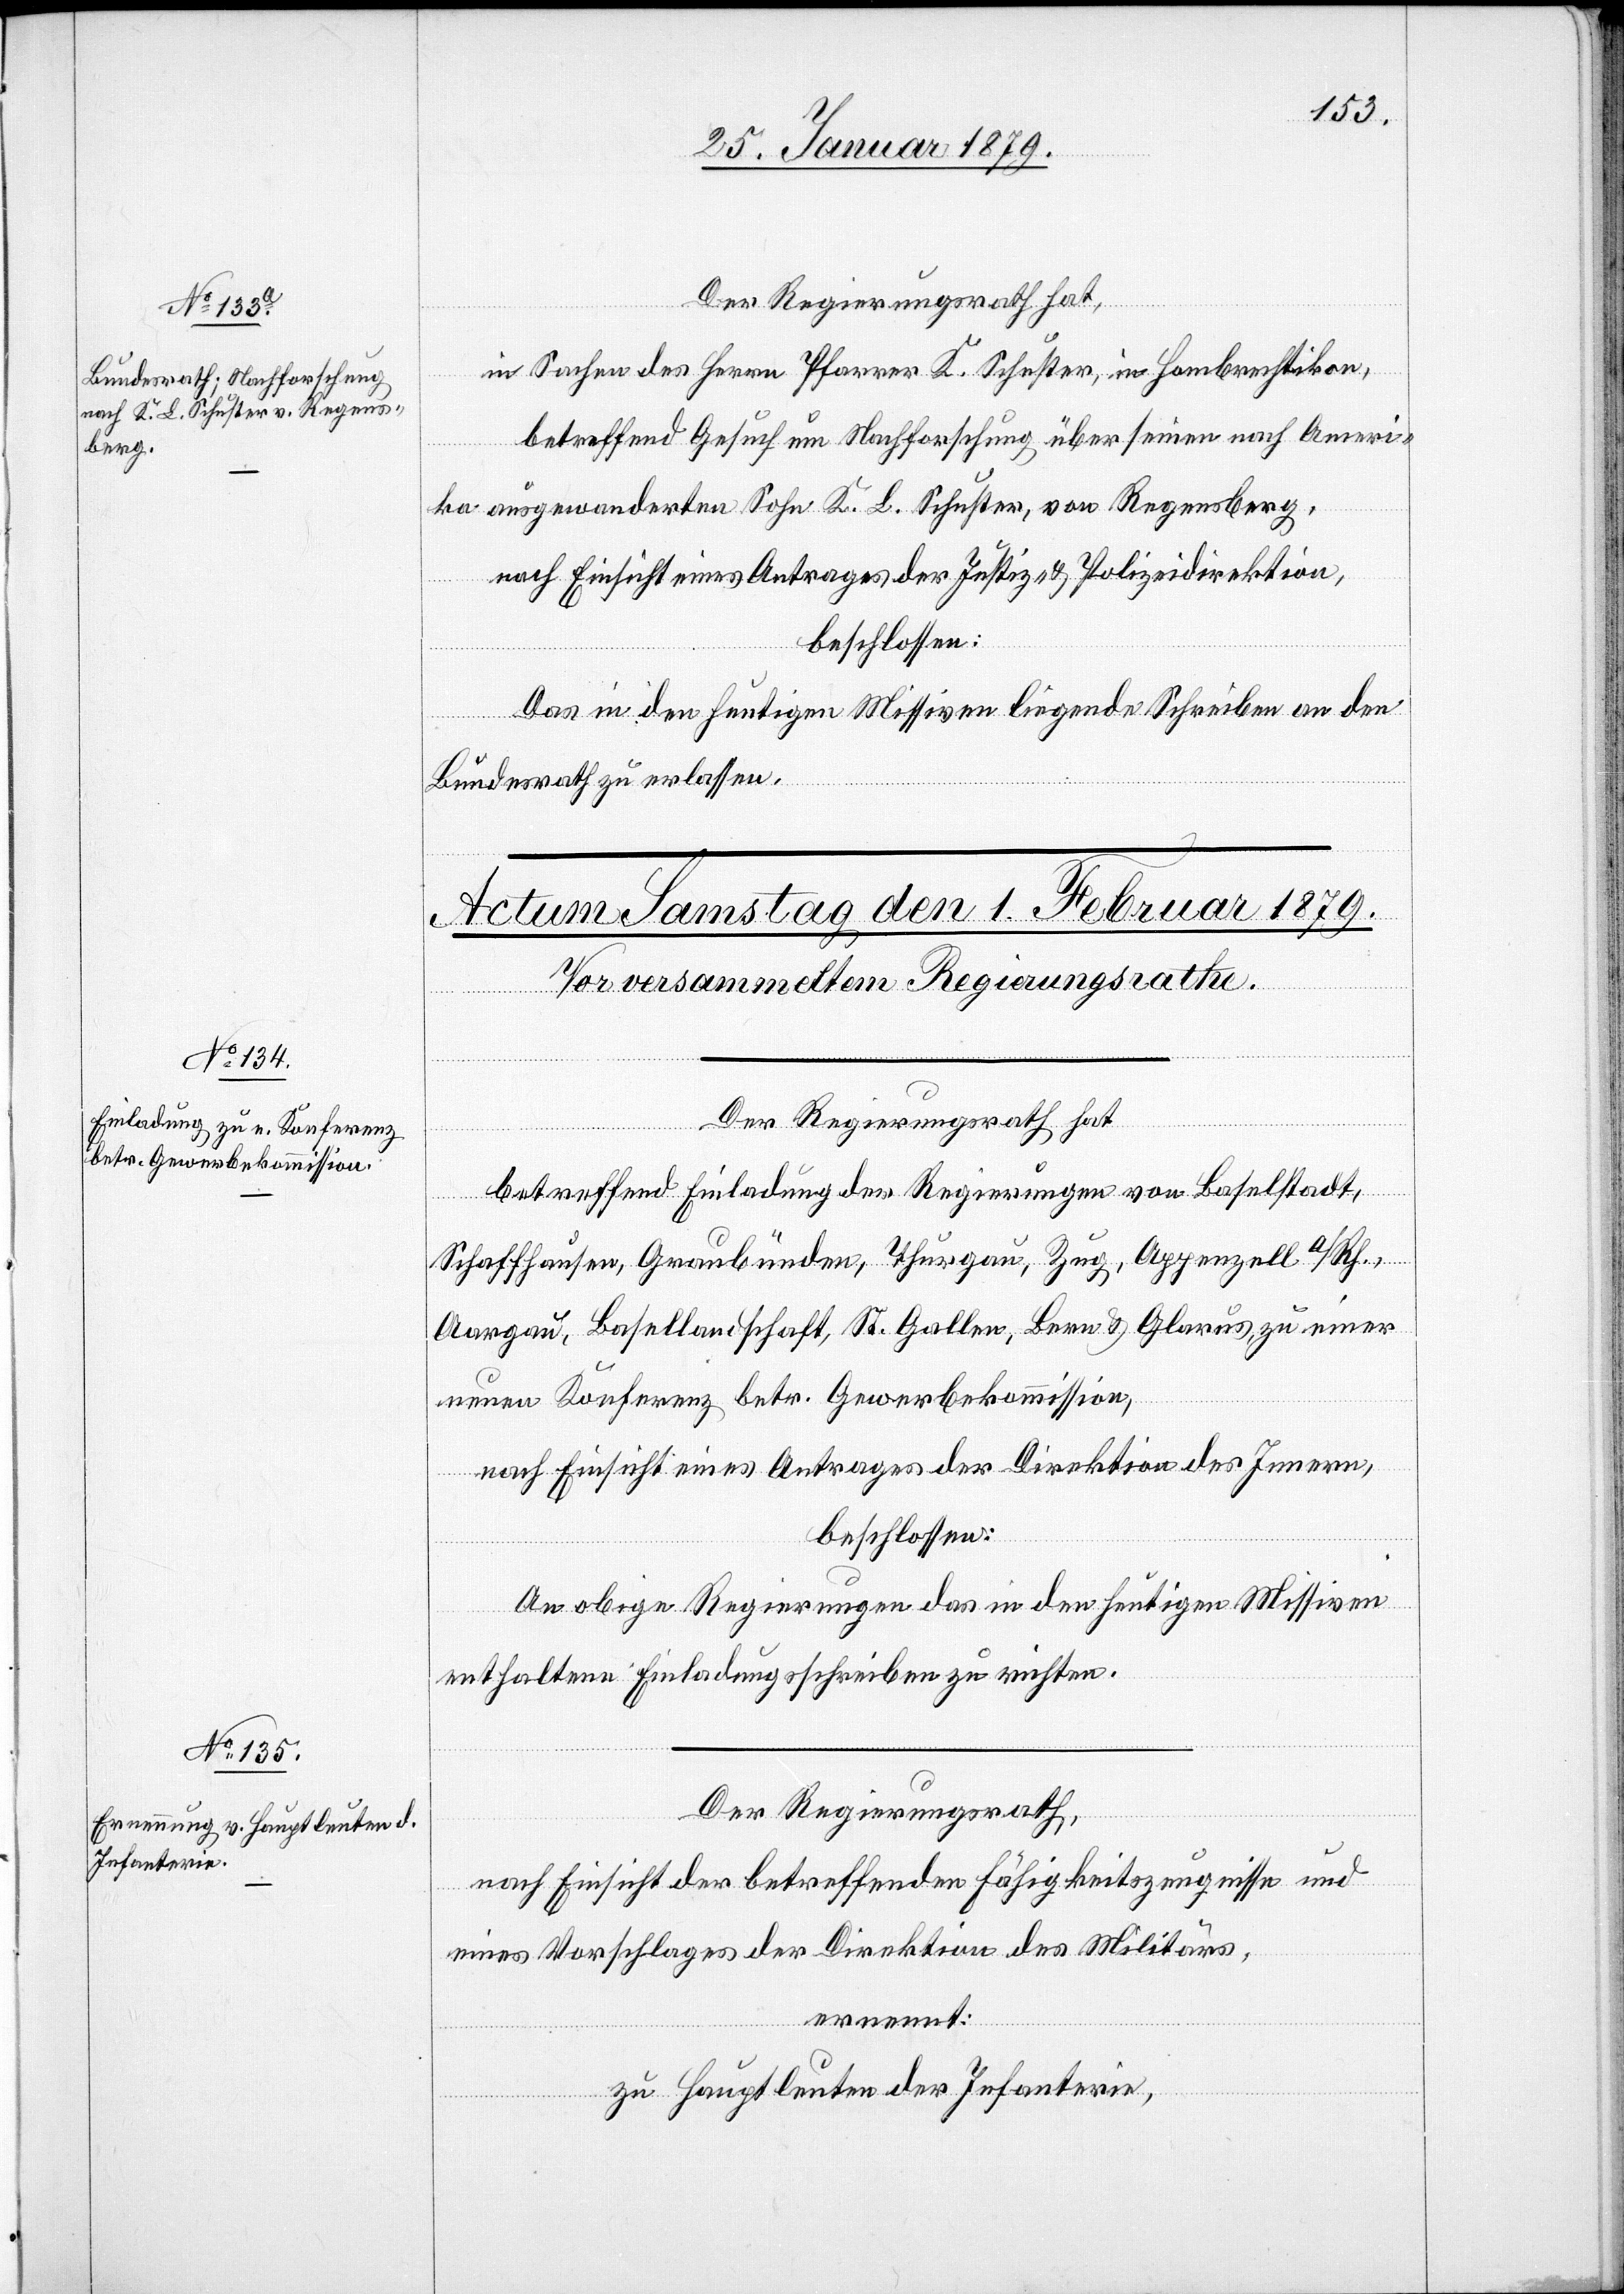
31. Januar 1879.]
Der Regierungsrath hat,
in Sachen des Herrn Pfarrer K. Schuster, in Hombrechtikon,
betreffend Gesuch um Nachforschung über seinen nach Ameri¬
ka ausgewanderten Sohn K. L. Schuster, von Regensberg,
nach Einsicht eines Antrages der Justiz- & Polizeidirektion,
beschlossen:
Das in den heutigen Missiven liegende Schreiben an den
Bundesrath zu erlassen.
Der Regierungsrath hat
betreffend Einladung der Regierungen von Baselstadt,
Schaffhausen, Graubünden, Thurgau, Zug, Appenzell a/Rh.,
Aargau, Basellandschaft, St. Gallen, Bern & Glarus, zu einer
neuen Konferenz betr. Gewerbekommission,
nach Einsicht eines Antrages der Direktion des Innern,
beschlossen:
An obige Regierungen das in den heutigen Missiven
enthaltene Einladungsschreiben zu richten.
Der Regierungsrath,
nach Einsicht der betreffenden Fähigkeitszeugnisse und
eines Vorschlages der Direktion des Militärs,
ernennt:
zu Hauptleuten der Infanterie,